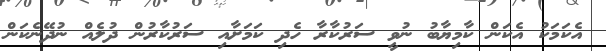
އެކަމަކު އެކަން ކާމިޔާބު ނުވީ ސަރުކާރާ ހެދި ކަމަށާއި ސަރުކާރުން ދުލެއް ނުދޭނެކަން